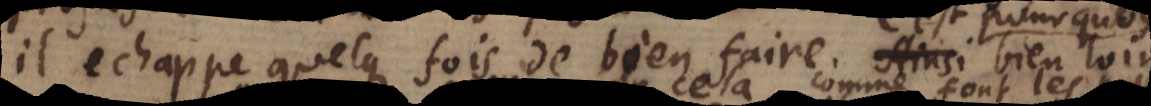
il echappe quelque fois de bien faire. C’est